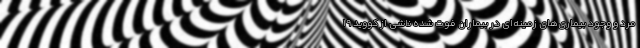
مرد و وجود بیماری‌های زمینه‌ای در بیماران فوت شده ناشی از کووید ۱۹